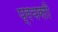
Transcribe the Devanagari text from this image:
प्रयसी